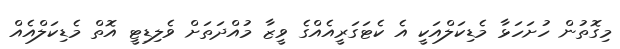
މިގޮތުން ހުށަހަޅާ މެޑިކަލްއަކީ އެ ކެޓަގަރީއެއްގެ ވީޒާ މުއްދަތަށް ވެލިޑިޓީ އޮތް މެޑިކަލްއެއް